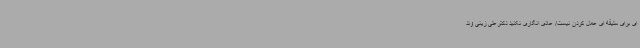
ای برای سلیقه ای عمل کردن نیست/ عادی انگاری نکنید دکترعلی زینی وند